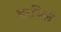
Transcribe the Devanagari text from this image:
बरचिल